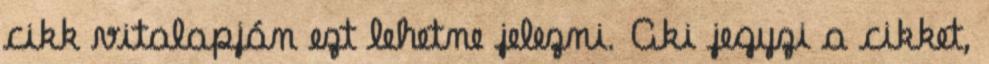
cikk vitalapján ezt lehetne jelezni. Aki jegyzi a cikket,